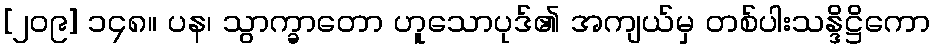
[၂၀၉] ၁၄၈။ ပန၊ သွာက္ခာတော ဟူသောပုဒ်၏ အကျယ်မှ တစ်ပါးသန္ဒိဋ္ဌိကော